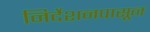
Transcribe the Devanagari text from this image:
निर्देशनपासून